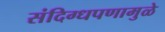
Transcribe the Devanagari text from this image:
संदिग्धपणामुळे